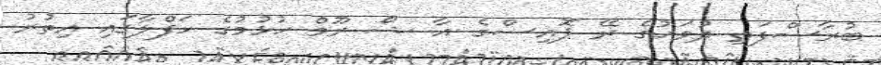
ބުރާސްފަތި ދުވަހުގެ ރޭ ޕޮއިސްގެ އާ ޝޯ ރޫމް ހުޅުމުގެ ހަފްލާގައި އިތުރު